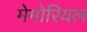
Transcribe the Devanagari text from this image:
मेमोरियल